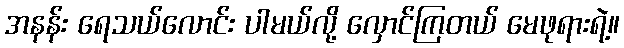
အနန်း ရေသယ်လောင်း ပါမယ်လို့ လှောင်ကြတယ် မေဖုရားရဲ့။